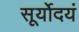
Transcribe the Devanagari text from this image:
सूर्योदयं